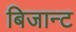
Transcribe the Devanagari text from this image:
बिजान्ट